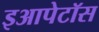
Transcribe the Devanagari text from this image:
इआपेटॉस